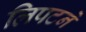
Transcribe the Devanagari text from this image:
लिपटने